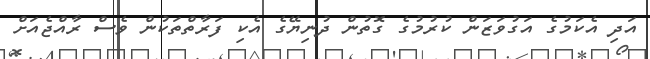
އަދި އެކަމުގެ އަގުވަޒަން ކުރުމުގެ ގޮތުން ދުނިޔޭގެ އެކި ފަރާތްތަކުން ވެސް ރާއްޖެއަށް